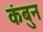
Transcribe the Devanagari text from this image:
कंबुन